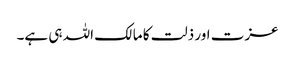
عزت اور ذلت کا مالک اللہ ہی ہے۔